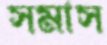
সমাস